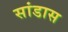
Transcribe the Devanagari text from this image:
सांडास